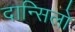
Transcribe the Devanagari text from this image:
दान्सिलो